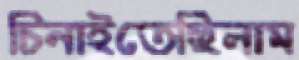
চিনাইতেছিলাম